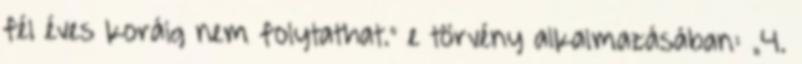
fél éves koráig nem folytathat.” e törvény alkalmazásában: „4.